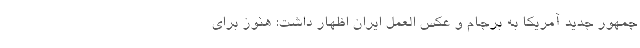
جمهور جدید آمریکا به برجام و عکس العمل ایران اظهار داشت: هنوز برای